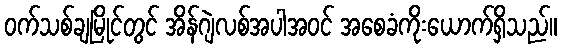
ဝက်သစ်ချမြိုင်တွင် အိန်ဂျဲလစ်အပါအဝင် အစေခံကိုးယောက်ရှိသည်။